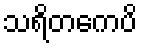
သရိတကေပိ